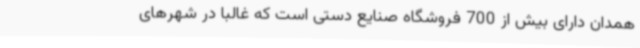
همدان دارای بیش از 700 فروشگاه صنایع دستی است که غالبا در شهرهای